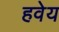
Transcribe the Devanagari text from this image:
हवेय